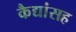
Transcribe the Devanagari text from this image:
कैद्यांसह